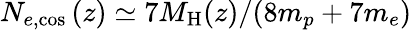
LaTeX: N_{e,\mathrm{cos}}\left(z\right)\simeq 7M_{\mathrm{H}}(z)/(8m_{p}+7m_{e})